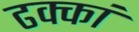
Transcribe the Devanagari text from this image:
ढक्कां